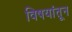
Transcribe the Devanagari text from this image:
विषयांतून